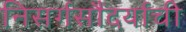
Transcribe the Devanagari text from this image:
निसर्गसौंदर्याची